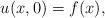
LaTeX: \begin{align*} u(x,0)=f(x),\end{align*}